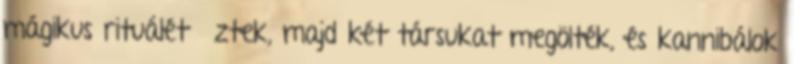
mágikus rituálét űztek, majd két társukat megölték, és kannibálok